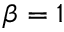
\beta = 1